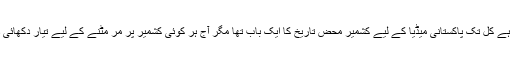
عجیب اتفاق ہے کل تک پاکستانی میڈیا کے لیے کشمیر محض تاریخ کا ایک باب تھا مگر آج ہر کوئی کشمیر پر مر مٹنے کے لیے تیار دکھائی دے رہا ہے۔